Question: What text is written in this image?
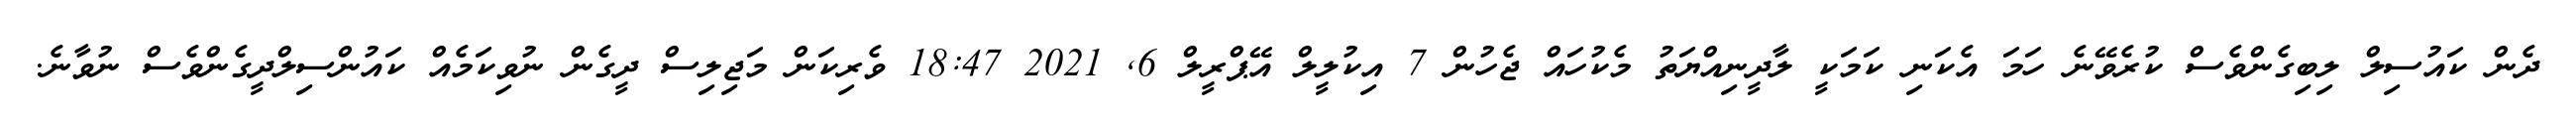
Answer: ދެން ކައުސިލް ލިބިގެންވެސް ކުރެވޭނެ ހަމަ އެކަނި ކަމަކީ ލާދީނިއްޔަތު މެކުހައް ޖެހުން 7 އިކުލީލް އޭޕްރީލް 6, 2021 18:47 ވެރިކަން މަޖިލިސް ދީގެން ނުވިކަމެއް ކައުންސިލްދީގެންވެސް ނުވާނެ.